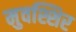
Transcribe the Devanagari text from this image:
मुवश्शिर